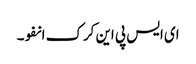
ای ایس پی این کرک انفو۔